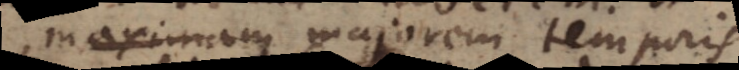
maximam majorem temporis